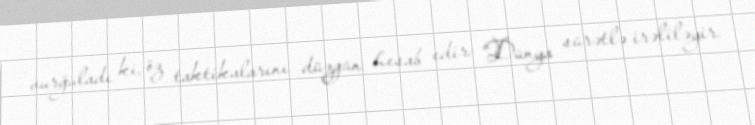
vurğuladı ki, öz taktikalarını düzgün hesab edir: “Dünya sürətlə irəliləyir.